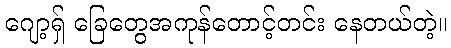
ဂျော့ရှ် ခြေတွေအကုန်တောင့်တင်း နေတယ်တဲ့။